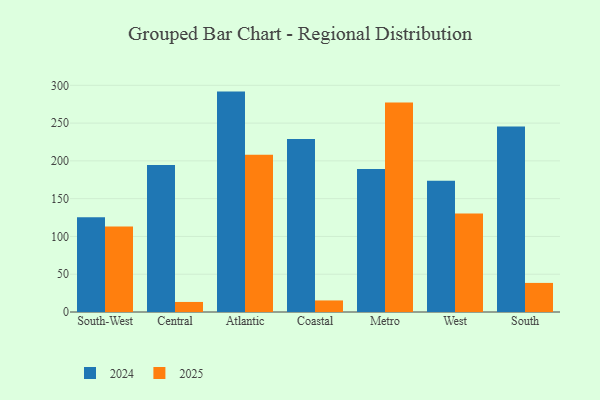
{"axis": {"x": "Region", "y": "Latency (ms)"}, "legend": ["2024", "2025"], "data": [{"x": "South-West", "y": 113.0, "type": "2025"}, {"x": "South-West", "y": 125.4, "type": "2024"}, {"x": "Central", "y": 13.3, "type": "2025"}, {"x": "Central", "y": 194.6, "type": "2024"}, {"x": "Atlantic", "y": 208.2, "type": "2025"}, {"x": "Atlantic", "y": 291.7, "type": "2024"}, {"x": "Coastal", "y": 15.3, "type": "2025"}, {"x": "Coastal", "y": 228.9, "type": "2024"}, {"x": "Metro", "y": 277.2, "type": "2025"}, {"x": "Metro", "y": 189.4, "type": "2024"}, {"x": "West", "y": 130.4, "type": "2025"}, {"x": "West", "y": 173.6, "type": "2024"}, {"x": "South", "y": 38.5, "type": "2025"}, {"x": "South", "y": 245.5, "type": "2024"}]}